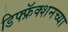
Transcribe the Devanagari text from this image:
डिफ्फ्रॅक्शनच्या